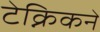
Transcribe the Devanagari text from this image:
टेक्निकने